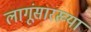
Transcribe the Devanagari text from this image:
लागूंसारख्या